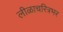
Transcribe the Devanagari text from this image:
लीळाचरित्रभर